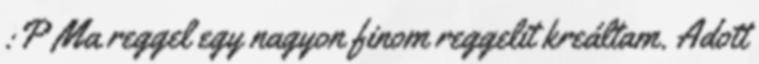
:P Ma reggel egy nagyon finom reggelit kreáltam. Adott